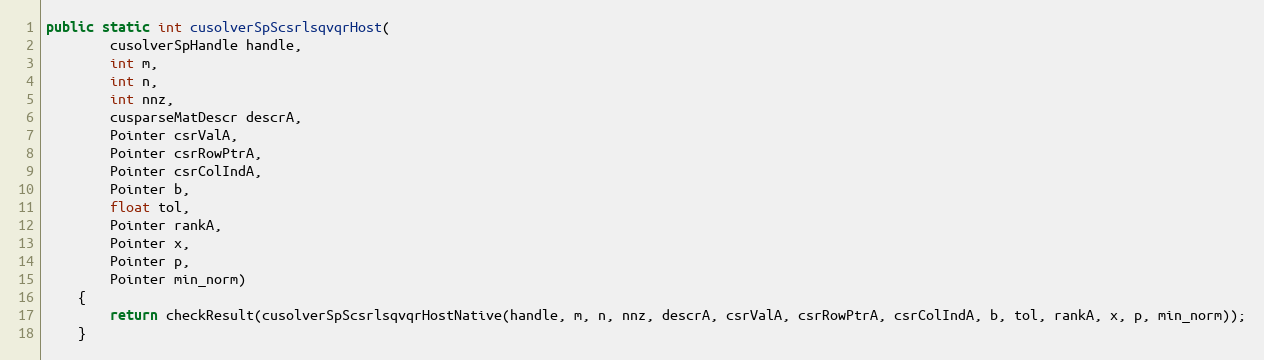
Language: Java
public static int cusolverSpScsrlsqvqrHost(
        cusolverSpHandle handle,
        int m,
        int n,
        int nnz,
        cusparseMatDescr descrA,
        Pointer csrValA,
        Pointer csrRowPtrA,
        Pointer csrColIndA,
        Pointer b,
        float tol,
        Pointer rankA,
        Pointer x,
        Pointer p,
        Pointer min_norm)
    {
        return checkResult(cusolverSpScsrlsqvqrHostNative(handle, m, n, nnz, descrA, csrValA, csrRowPtrA, csrColIndA, b, tol, rankA, x, p, min_norm));
    }